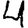
Digit: 4